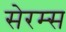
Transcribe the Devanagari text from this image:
सेरम्स